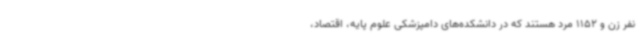
نفر زن و 1152 مرد هستند که در دانشکده‌های دامپزشکی علوم پایه، اقتصاد،